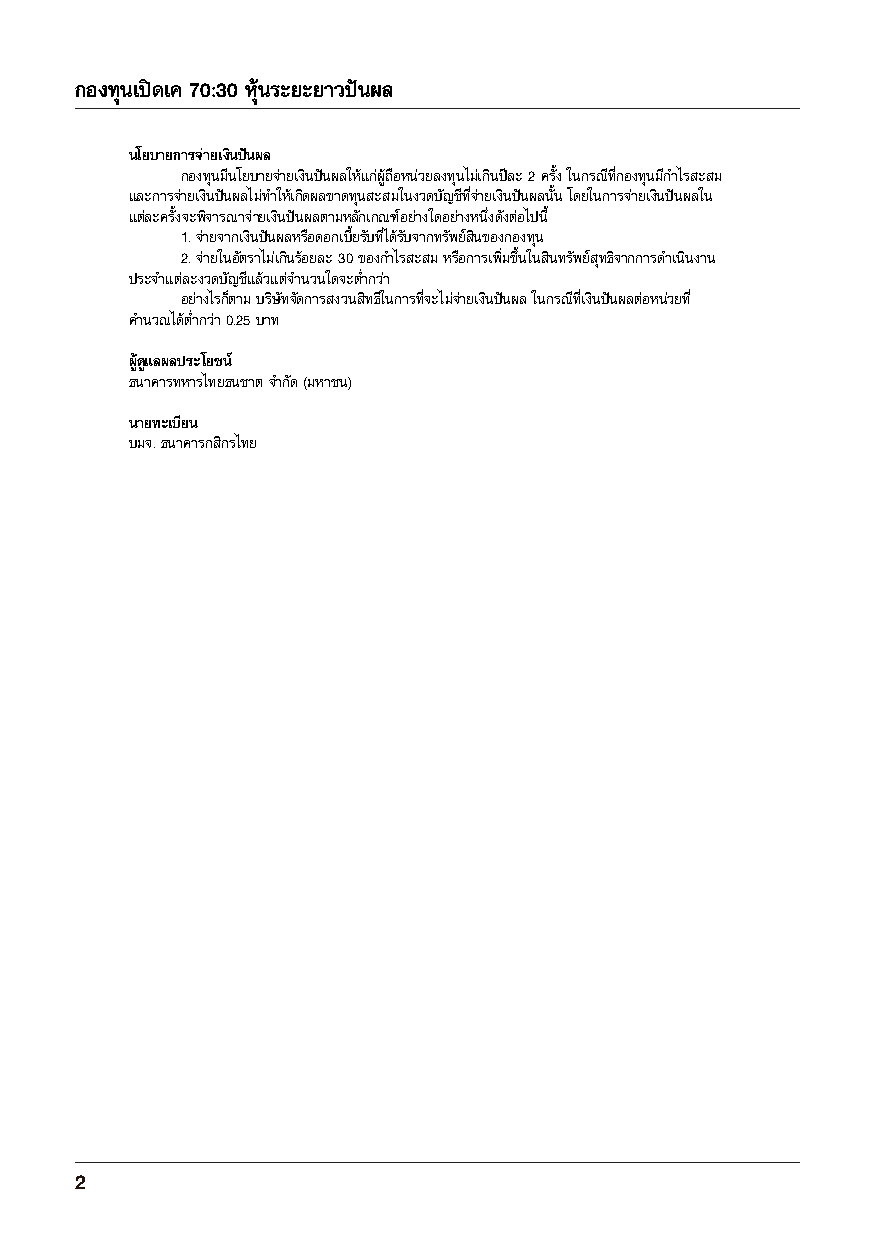
กองทุนเปิดเค 70:30 หุ้นระยะยาวปันผล
 นโยบายการจ่ายเงนิ ปันผล
 กองทุนมีนโยบายจ่ายเงินปันผลให้แก่ผู้ถือหน่วยลงทุนไม่เกินปีละ 2 ครั้ง ในกรณีที่กองทุนมีก าไรสะสม
 และการจ่ายเงินปันผลไม่ท าให้เกิดผลขาดทนุ สะสมในงวดบัญชีที่จา่ ยเงินปันผลนั้น โดยในการจ่ายเงินปันผลใน
 แตล่ ะครั้งจะพิจารณาจ่ายเงินปันผลตามหลักเกณฑ์อย่างใดอย่างหนึ่งดังต่อไปน ี้
 1. จ่ายจากเงินปันผลหรือดอกเบี้ยรับที่ได้รับจากทรัพย์สินของกองทุน
 2. จ่ายในอัตราไม่เกินร้อยละ 30 ของก าไรสะสม หรือการเพิ่มขึ้นในสินทรัพย์สุทธิจากการด าเนินงาน
 ประจ าแต่ละงวดบัญชีแล้วแตจ่ านวนใดจะต่ ากว่า
 อย่างไรก็ตาม บริษัทจัดการสงวนสิทธิในการที่จะไม่จ่ายเงินปันผล ในกรณีที่เงินปันผลต่อหน่วยที่
 ค านวณได้ต่ ากว่า 0.25 บาท
 ผู้ดูแลผลประโยชน ์
 ธนาคารทหารไทยธนชาต จ ากัด (มหาชน)
 นายทะเบียน
 บมจ. ธนาคารกสิกรไทย
 2